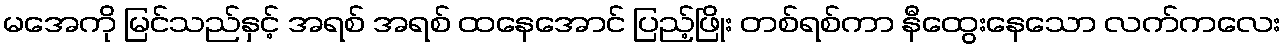
မအေကို မြင်သည်နှင့် အရစ် အရစ် ထနေအောင် ပြည့်ဖြိုး တစ်ရစ်ကာ နီထွေးနေသော လက်ကလေး